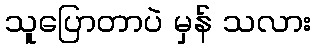
သူပြောတာပဲ မှန် သလား